Civil Veterinary Department Bihar & Orissa reports 1911-21 - 1911-1921
Year: 1911
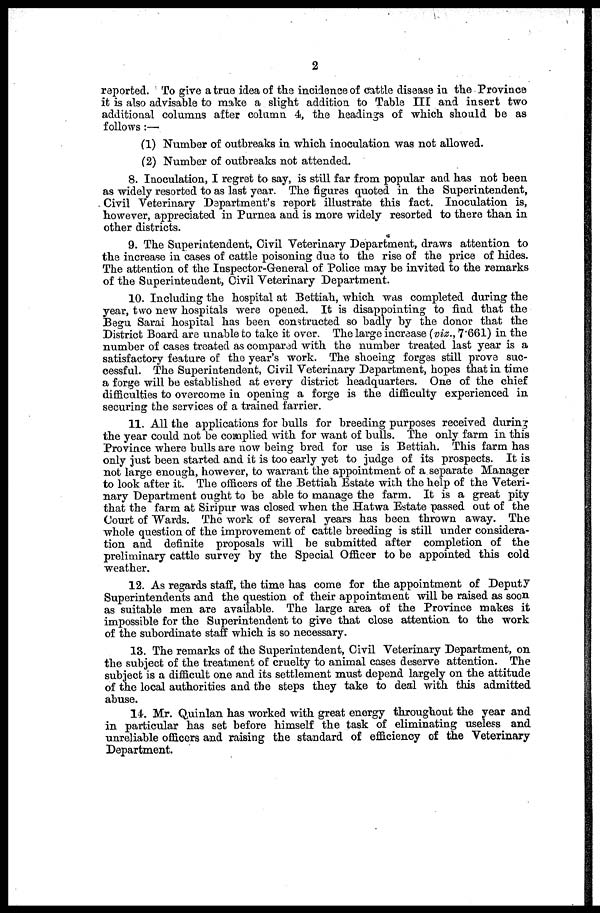
2
reported. To give a true idea of the incidence of cattle disease in the Province
it is also advisable to make a slight addition to Table III and insert two
additional columns after column 4, the headings of which should be as
follows :—
(1) Number of outbreaks in which inoculation was not allowed.
(2) Number of outbreaks not attended.
8. Inoculation, I regret to say, is still far from popular and has not been
as widely resorted to as last year. The figures quoted in the Superintendent,
Civil Veterinary Department's report illustrate this fact. Inoculation is,
however, appreciated in Purnea and is more widely resorted to there than in
other districts.
9. The Superintendent, Civil Veterinary Department, draws attention to
the increase in cases of cattle poisoning due to the rise of the price of hides.
The attention of the Inspector-General of Police may be invited to the remarks
of the Superintendent, Civil Veterinary Department.
10. Including the hospital at Bettiah, which was completed during the
year, two new hospitals were opened. It is disappointing to find that the
Begu Sarai hospital has been constructed so badly by the donor that the
District Board are unable to take it over. The large increase (viz., 7'661) in the
number of cases treated as compared with the number treated last year is a
satisfactory feature of the year's work. The shoeing forges still prove suc-
cessful. The Superintendent, Civil Veterinary Department, hopes that in time
a forge will be established at every district headquarters. One of the chief
difficulties to overcome in opening a forge is the difficulty experienced in
securing the services of a trained farrier.
11. All the applications for bulls for breeding purposes received during
the year could not be complied with for want of bulls. The only farm in this
Province where bulls are now being bred for use is Bettiah. This farm has
only just been started and it is too early yet to judge of its prospects. It is
not large enough, however, to warrant the appointment of a separate Manager
to look after it. The officers of the Bettiah Estate with the help of the Veteri-
nary Department ought to be able to manage the farm. It is a great pity
that the farm at Siripur was closed when the Hatwa Estate passed out of the
Court of Wards. The work of several years has been thrown away. The
whole question of the improvement of cattle breeding is still under considera-
tion and definite proposals will be submitted after completion of the
preliminary cattle survey by the Special Officer to be appointed this cold
weather.
12. As regards staff, the time has come for the appointment of Deputy
Superintendents and the question of their appointment will be raised as soon
as suitable men are available. The large area of the Province makes it
impossible for the Superintendent to give that close attention to the work
of the subordinate staff which is so necessary.
13. The remarks of the Superintendent, Civil Veterinary Department, on
the subject of the treatment of cruelty to animal cases deserve attention. The
subject is a difficult one and its settlement must depend largely on the attitude
of the local authorities and the steps they take to deal with this admitted
abuse.
14. Mr. Quinlan has worked with great energy throughout the year and
in particular has set before himself the task of eliminating useless and
unreliable officers and raising the standard of efficiency of the Veterinary
Department.